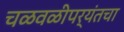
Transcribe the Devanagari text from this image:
चळवळीपर्यंतचा